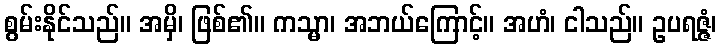
စွမ်းနိုင်သည်။ အမှိ၊ ဖြစ်၏။ ကသ္မာ၊ အဘယ်ကြောင့်။ အဟံ၊ ငါသည်။ ဥပရဇ္ဇံ၊